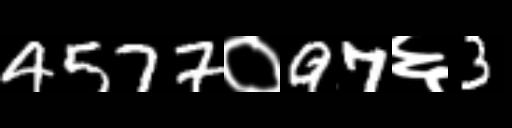
Text: 4577०97६3